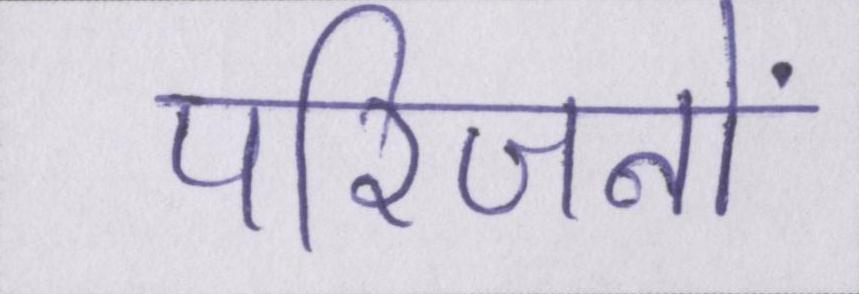
परिजनों